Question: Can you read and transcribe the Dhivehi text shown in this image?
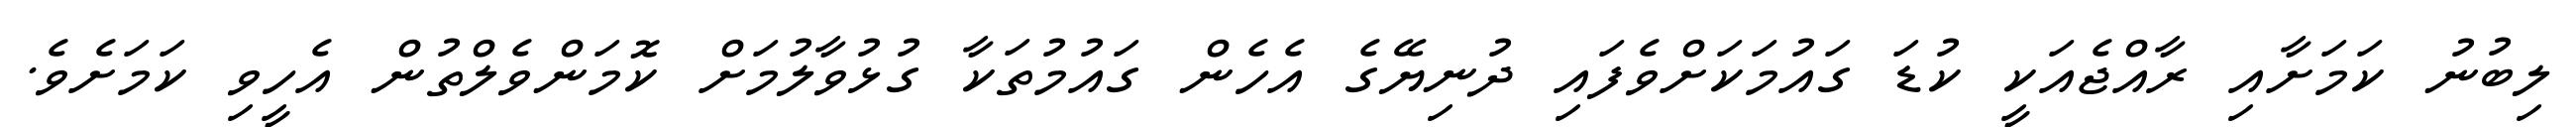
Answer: ލިބުނު ކަމަށާއި ރާއްޖެއަކީ ކުޑަ ގައުމަކަށްވެފައި ދުނިޔޭގެ އެހެން ގައުމުތަކާ ގުޅުވާލުމަށް ކޮމަންވެލްތުން އެހީވި ކަމަށެވެ.